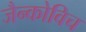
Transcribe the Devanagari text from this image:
जैन्कोविच